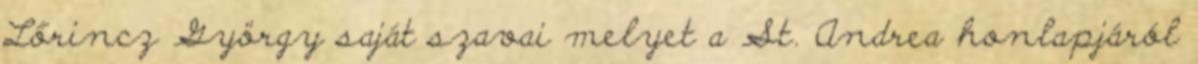
Lőrincz György saját szavai melyet a St. Andrea honlapjáról